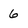
Character: 6